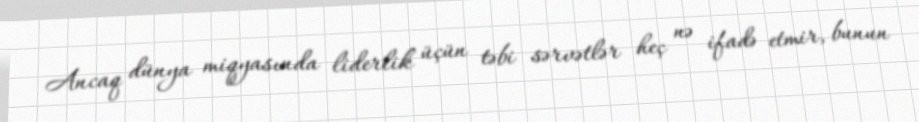
Ancaq dünya miqyasında liderlik üçün təbi sərvətlər heç nə ifadə etmir, bunun